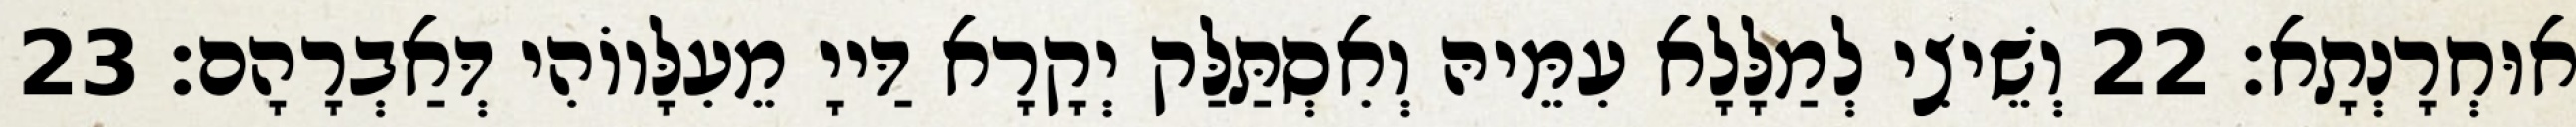
אוּחְרָנְתָא׃ 22 וְשֵׁיצִי לְמַלָּלָא עִמֵּיהּ וְאִסְתַּלַּק יְקָרָא דַּייָ מֵעִלָּווֹהִי דְּאַבְרָהָם׃ 23